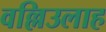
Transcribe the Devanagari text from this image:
वल्लिउलाह